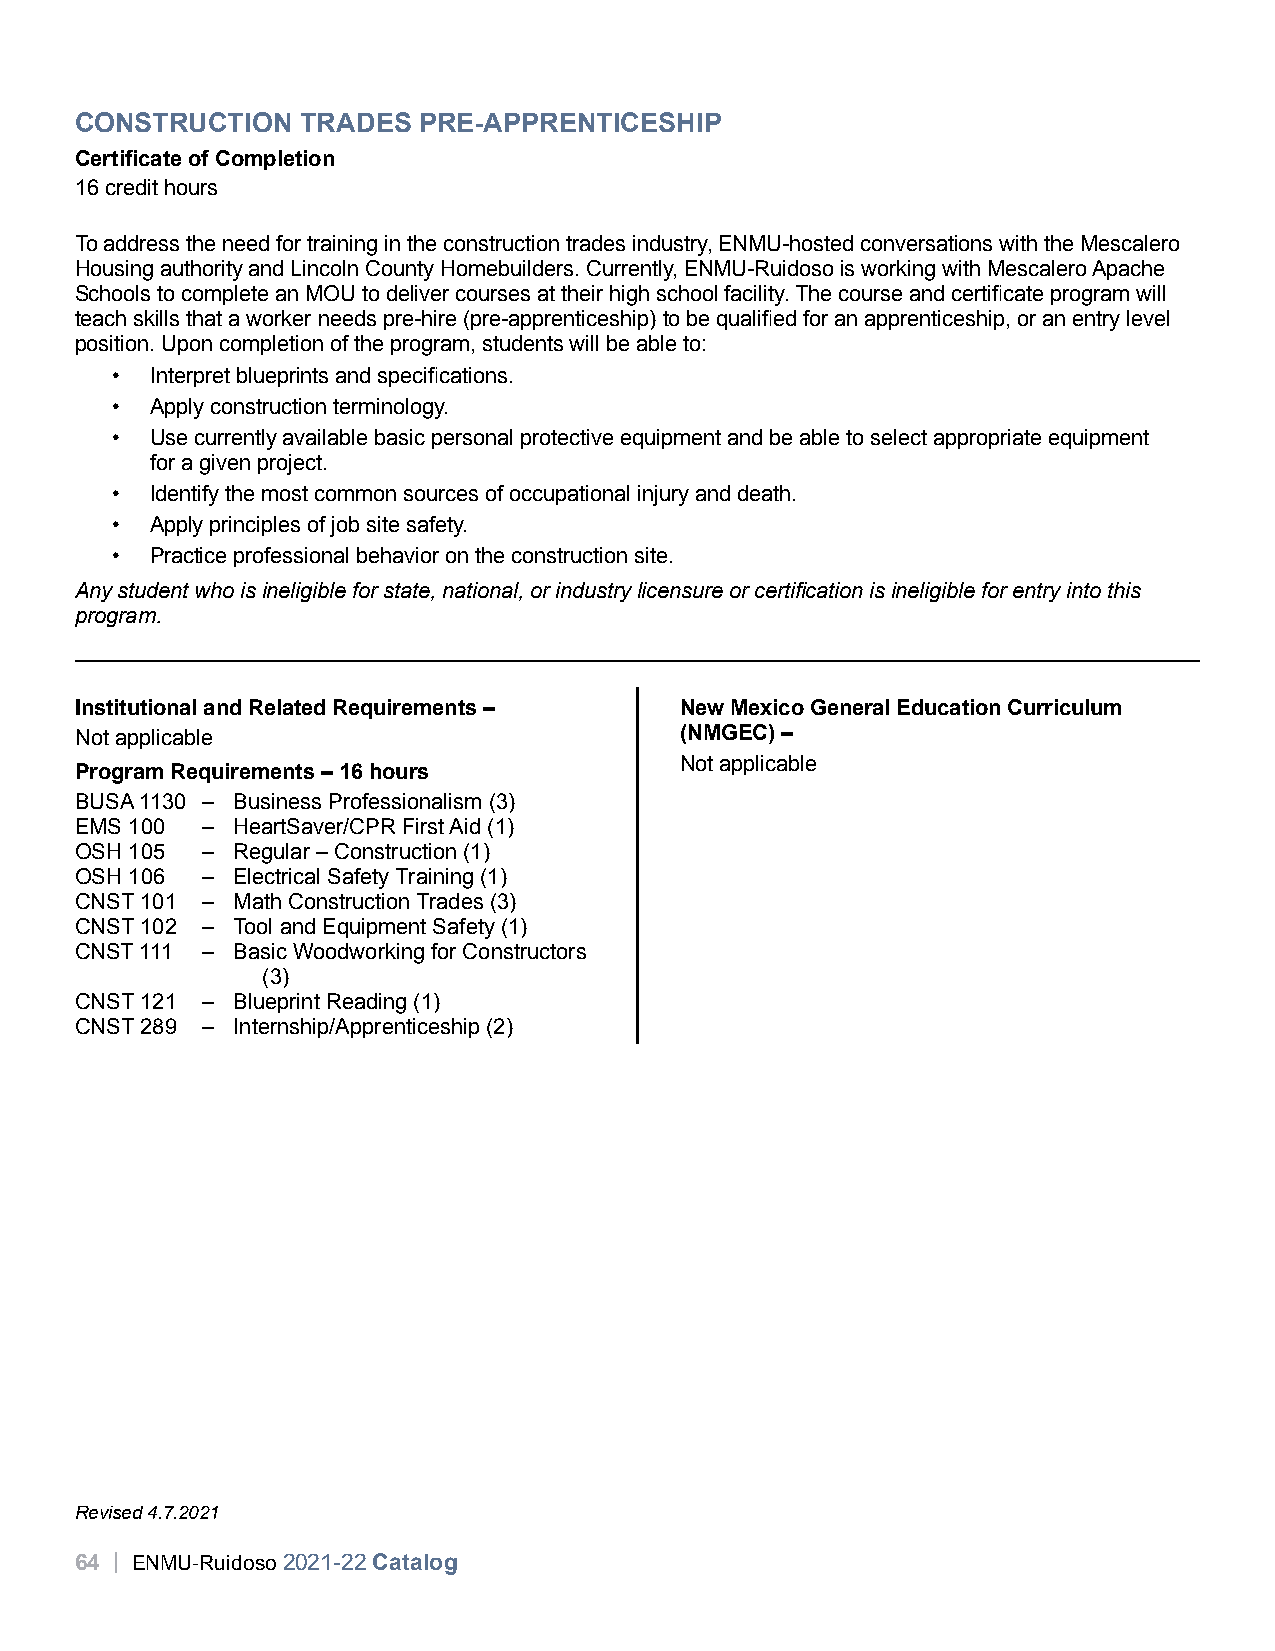
CONSTRUCTION   TRADES  PRE-APPRENTICESHIP
 Certificate of Completion
 16 credit hours
 To address the need for training in the construction trades industry, ENMU-hosted conversations with the Mescalero
 Housing authority and Lincoln County Homebuilders. Currently, ENMU-Ruidoso is working with Mescalero Apache
 Schools to complete an MOU to deliver courses at their high school facility. The course and certificate program will
 teach skills that a worker needs pre-hire (pre-apprenticeship) to be qualified for an apprenticeship, or an entry level
 position. Upon completion of the program, students will be able to:
 •  Interpret blueprints and specifications.
 •  Apply construction terminology.
 •  Use currently available basic personal protective equipment and be able to select appropriate equipment
 for a given project.
 •  Identify the most common sources of occupational injury and death.
 •  Apply principles of job site safety.
 •  Practice professional behavior on the construction site.
 Any student who is ineligible for state, national, or industry licensure or certification is ineligible for entry into this
 program.
 Institutional and Related Requirements – New Mexico General Education Curriculum
 Not applicable                          (NMGEC) –
 Not applicable
 Program Requirements – 16 hours
 BUSA 1130 – Business Professionalism (3)
 EMS 100 – HeartSaver/CPR First Aid (1)
 OSH 105 – Regular – Construction (1)
 OSH 106 – Electrical Safety Training (1)
 CNST 101 – Math Construction Trades (3)
 CNST 102 – Tool and Equipment Safety (1)
 CNST 111 – Basic Woodworking for Constructors
 (3)
 CNST 121 – Blueprint Reading (1)
 CNST 289 – Internship/Apprenticeship (2)
 Revised 4.7.2021
 64 | ENMU-Ruidoso 2021-22 Catalog